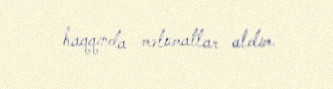
haqqında məlumatlar aldım.